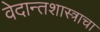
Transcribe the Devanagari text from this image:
वेदान्तशास्त्राचा